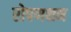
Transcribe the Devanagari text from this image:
रोपणक्षम